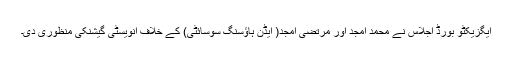
ایگزیکٹو بورڈ اجلاس نے محمد امجد اور مرتضٰی امجد( ایڈن ہاﺅسنگ سوسائٹی) کے خلاف انویسٹی گیشنکی منظوری دی۔